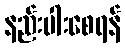
နည်းပါးစေရန်